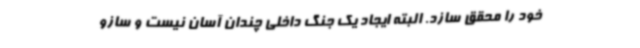
خود را محقق سازد. البته ایجاد یک جنگ داخلی چندان آسان نیست و سازو